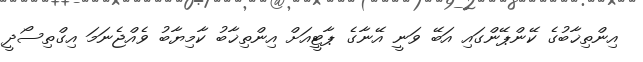
އިންތިޚާބުގެ ކޭންޕޭންގައި އަބޭ ވަނީ އޭނާގެ ޕާޓީއަށް އިންތިޚާބު ކާމިޔާބު ވެއްޖެނަމަ އިގްތިސޯދީ